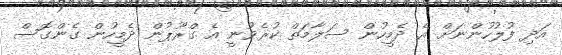
އަދި ފުލުހުންނަށް އެ ދެމީހުން ސަލާމަތް ކުރެވުނީ އެ ގްރޫޕުން ދެމީހުން ގެންގޮސް